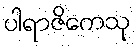
ပါရာဇိကေသု